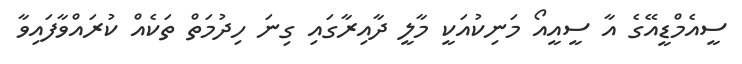
ސީއެމްޑީއޭގެ އާ ސީއީއޯ މަނިކުއަކީ މާލީ ދާއިރާގައި ގިނަ ހިދުމަތް ތަކެއް ކުރައްވާފައިވާ